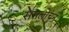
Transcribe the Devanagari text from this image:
समलोचन